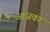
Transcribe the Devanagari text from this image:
आजका